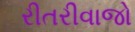
રીતરીવાજો